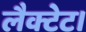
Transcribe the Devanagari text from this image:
लैक्टेट।